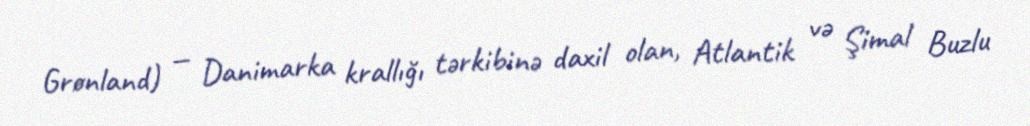
Grønland) — Danimarka krallığı tərkibinə daxil olan, Atlantik və Şimal Buzlu